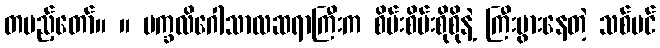
တပည့်တော်။ ။ မက္ခလိဂေါသာလဆရာကြီးက စိမ်းစိမ်းစိုစိုနဲ့ ကြီးပွားနေတဲ့ သစ်ပင်